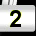
Digit: 2